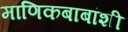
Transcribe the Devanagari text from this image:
माणिकबाबांशी